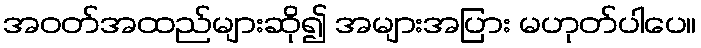
အဝတ်အထည်များဆို၍ အများအပြား မဟုတ်ပါပေ။